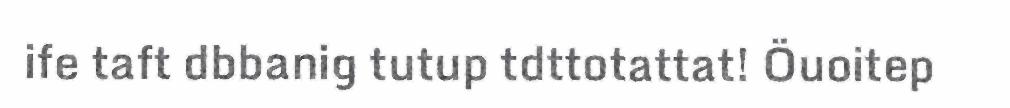
ife taft dbbanig tutup tdttotattat! Öuoitep